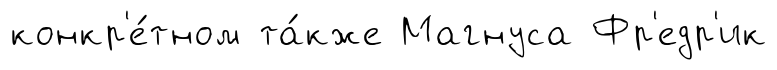
конкр'е́тном та́кже Магнуса Фр'едр'ик